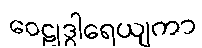
ဝေဠုဒွါရေယျကာ